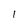
Character: l